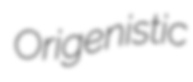
Origenistic